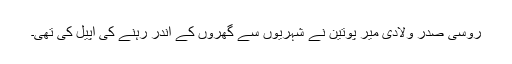
روسی صدر ولادی میر پوتین نے شہریوں سے گھروں کے اندر رہنے کی اپیل کی تھی۔